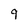
Character: 9